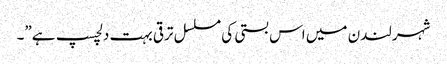
شہر لندن میں اس بستی کی مسلسل ترقی بہت دلچسپ ہے”۔